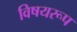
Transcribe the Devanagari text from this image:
विषयरूप